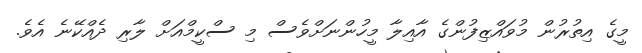
މީގެ އިތުރުން މުވައްޒިފުންގެ އާއިލާ މީހުންނަށްވެސް މި ސްކީމްއަށް ލާރި ދެއްކޭނެ އެވެ.